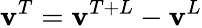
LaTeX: \mathbf{v}^{T}=\mathbf{v}^{T+L}-\mathbf{v}^{L}